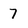
Character: 7